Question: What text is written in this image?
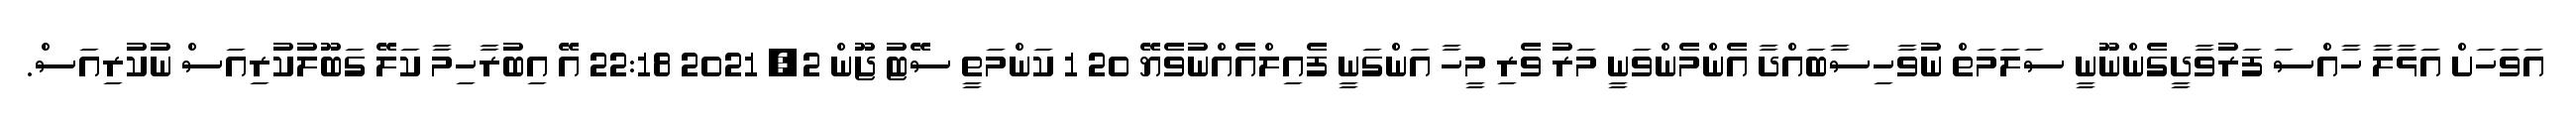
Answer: އަވަހަށް އަޅާލާ ހާއްސަ ފަރުވާދީގެންނޫނީ ސަލަމަތް ނުވާހިސާބައްދާ އެންމެންވަނީ މަރު ވެރި މީހާ އަންގަނީ ފެއިލްއެއްނުވެޔޭ 20 1 ކަންމަތީ ސޭޓު ޖޫން 2, 2021 22:18 އޭ އިބުރާހިމާ ކަލޭ ގަބޫލުކުރިއަސް ނުކުރިއަސް.